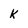
Character: k